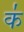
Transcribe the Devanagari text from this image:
क॑